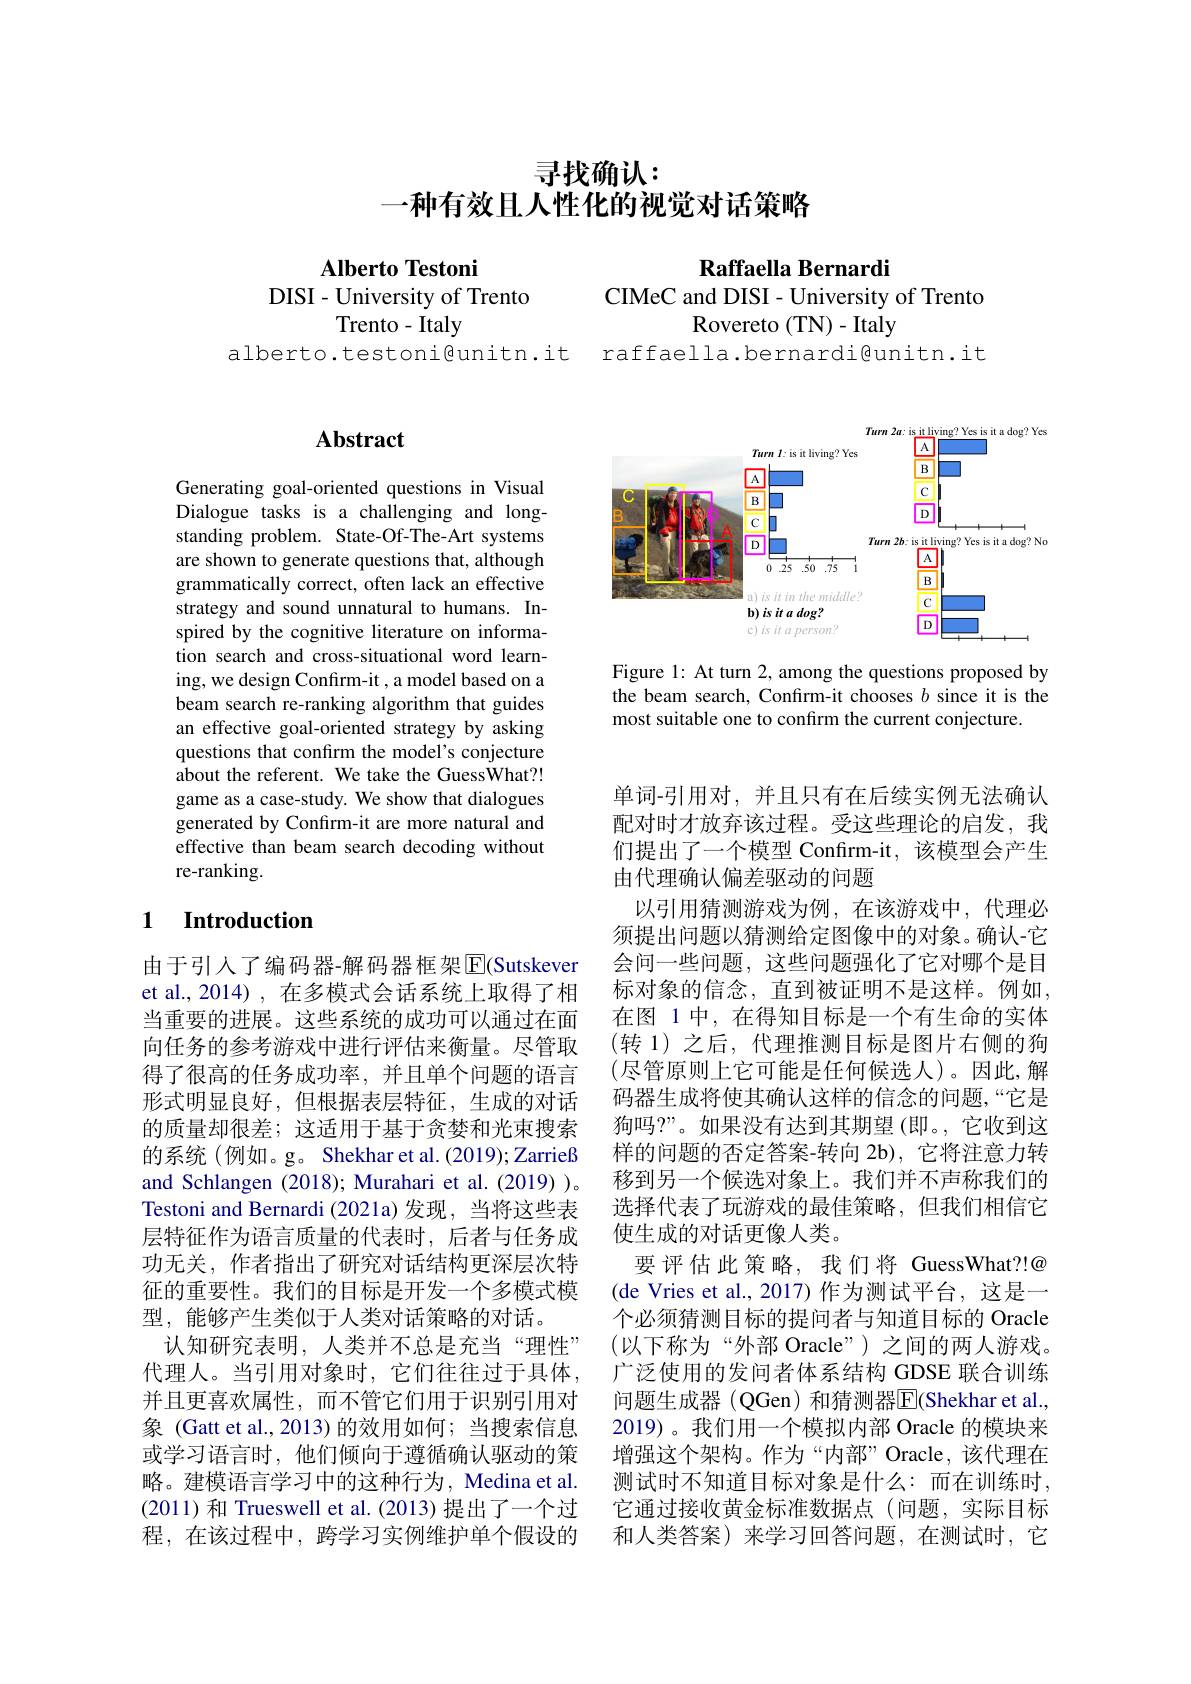
# 寻找确认： 一种有效且人性化的视觉对话策略

## Alberto Testoni DISI- University of Trento Trento- Italy

alberto.testoni@unitn.it

# Abstract

Generating goal-oriented questions in Visual Dialogue tasks is a challenging and longstanding problem. State-Of-The-Art systems are shown to generate questions that, although grammatically correct, often lack an effective strategy and sound unnatural to humans. Inspired by the cognitive literature on information search and cross-situational word learning, we design Confirm-it , a model based on a beam search re-ranking algorithm that guides an effective goal-oriented strategy by asking questions that confirm the model's conjecture about the referent. We take the GuessWhat?! game as a case-study. We show that dialogues generated by Confirm-it are more natural and effective than beam search decoding without re-ranking.

### 1 $\textbf{Introduction}$

由于引入了编码器-解码器框架$\overline{\mathrm{E}}($Sutskever et al., 2014) , 在多模式会话系统上取得了相当重要的进展。这些系统的成功可以通过在面向任务的参考游戏中进行评估来衡量。尽管取得了很高的任务成功率，并且单个问题的语言形式明显良好，但根据表层特征，生成的对话的质量却很差；这适用于基于贪婪和光束搜索的系统(例如。g。Shekhar et al.(2019); Zarrieß and Schlangen (2018); Murahari et al.(2019) )。Testoni and Bernardi (2021a)发现，当将这些表层特征作为语言质量的代表时，后者与任务成功无关，作者指出了研究对话结构更深层次特征的重要性。我们的目标是开发一个多模式模型，能够产生类似于人类对话策略的对话。
认知研究表明，人类并不总是充当“理性” 代理人。当引用对象时，它们往往过于具体， 并且更喜欢属性，而不管它们用于识别引用对象 (Gatt et al.,2013)的效用如何；当搜索信息或学习语言时，他们倾向于遵循确认驱动的策略。建模语言学习中的这种行为，Medina et al. (2011)和 Trueswell et al. (2013) 提出了一个过程，在该过程中，跨学习实例维护单个假设的

Raffaella Bernardi

CIMeC and DISI- University of Trento
Rovereto ( TN) - Italy

raffaella.bernardi@unitn.it

<FigureHere>

Figure 1: At turn 2, among the questions proposed by the beam search, Confırm-it chooses $b$ since it is the most suitable one to confirm the current conjecture.

单词-引用对，并且只有在后续实例无法确认配对时才放弃该过程。受这些理论的启发，我们提出了一个模型 Confirm-it,该模型会产生由代理确认偏差驱动的问题
以引用猜测游戏为例，在该游戏中，代理必须提出问题以猜测给定图像中的对象。确认-它会问一些问题，这些问题强化了它对哪个是目标对象的信念，直到被证明不是这样。例如， 在图 1 中，在得知目标是一个有生命的实体(转 1)之后，代理推测目标是图片右侧的狗(尽管原则上它可能是任何候选人)。因此，解码器生成将使其确认这样的信念的问题，“它是狗吗？”。如果没有达到其期望(即。,它收到这样的问题的否定答案-转向 2b), 它将注意力转移到另一个候选对象上。我们并不声称我们的选择代表了玩游戏的最佳策略，但我们相信它使生成的对话更像人类。
要评估此策略，我们将 GuessWhat?!@ (de Vries et al.,2017)作为测试平台，这是一个必须猜测目标的提问者与知道目标的 Oracle (以下称为“外部 Oracle”)之间的两人游戏。广泛使用的发问者体系结构 GDSE 联合训练问题生成器 (QGen) 和猜测器$\overline{\mathrm{F}}($Shekhar et al., 2019)。我们用一个模拟内部 Oracle 的模块来增强这个架构。作为“内部”Oracle,该代理在测试时不知道目标对象是什么：而在训练时， 它通过接收黄金标准数据点(问题，实际目标和人类答案)来学习回答问题，在测试时，它